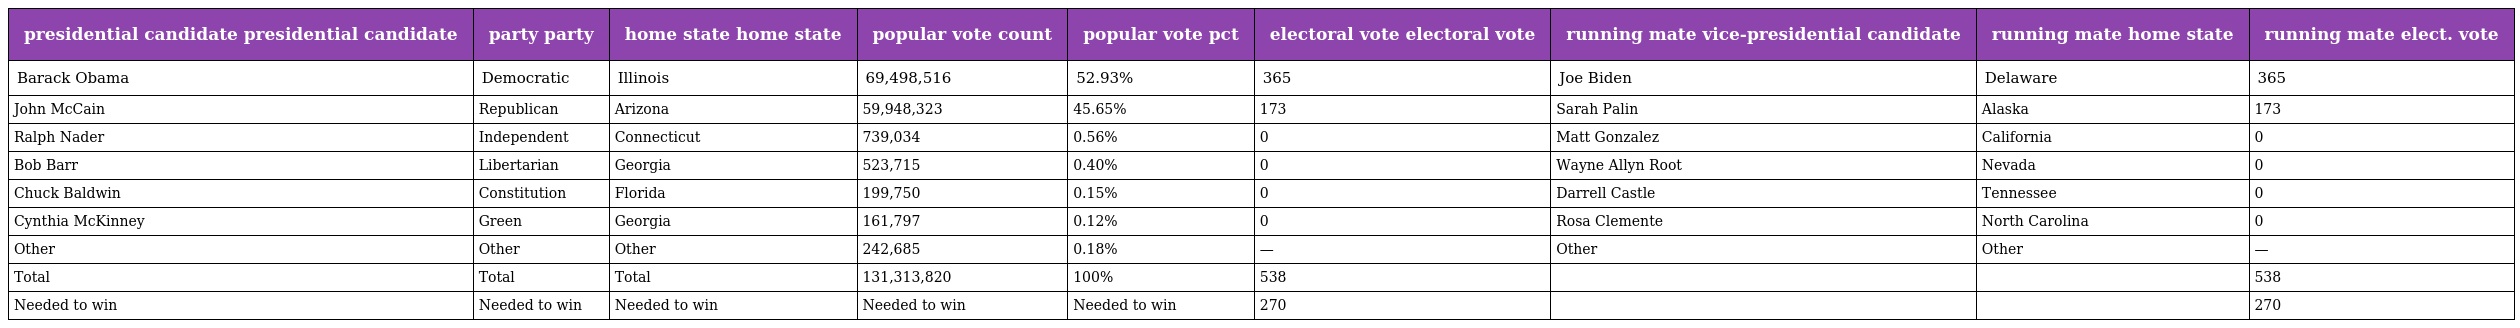
| presidential candidate presidential candidate | party party | home state home state | popular vote count | popular vote pct | electoral vote electoral vote | running mate vice-presidential candidate | running mate home state | running mate elect. vote |
 | --- | --- | --- | --- | --- | --- | --- | --- | --- |
 | Barack Obama | Democratic | Illinois | 69,498,516 | 52.93% | 365 | Joe Biden | Delaware | 365 |
 | John McCain | Republican | Arizona | 59,948,323 | 45.65% | 173 | Sarah Palin | Alaska | 173 |
 | Ralph Nader | Independent | Connecticut | 739,034 | 0.56% | 0 | Matt Gonzalez | California | 0 |
 | Bob Barr | Libertarian | Georgia | 523,715 | 0.40% | 0 | Wayne Allyn Root | Nevada | 0 |
 | Chuck Baldwin | Constitution | Florida | 199,750 | 0.15% | 0 | Darrell Castle | Tennessee | 0 |
 | Cynthia McKinney | Green | Georgia | 161,797 | 0.12% | 0 | Rosa Clemente | North Carolina | 0 |
 | Other | Other | Other | 242,685 | 0.18% | — | Other | Other | — |
 | Total | Total | Total | 131,313,820 | 100% | 538 |  |  | 538 |
 | Needed to win | Needed to win | Needed to win | Needed to win | Needed to win | 270 |  |  | 270 |